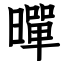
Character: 暺